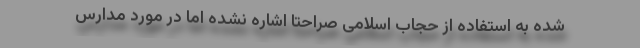
شده به استفاده از حجاب اسلامی صراحتا اشاره نشده اما در مورد مدارس